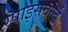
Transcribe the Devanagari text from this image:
स्पाइसवर्ल्ड